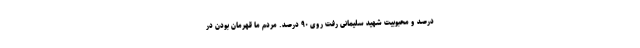
درصد و محبوبیت شهید سلیمانی رفت روی ۹۰ درصد. مردم ما قهرمان بودن در